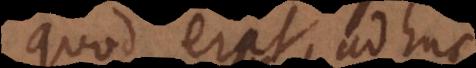
quod erat adhuc